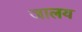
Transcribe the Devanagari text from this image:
जालय